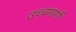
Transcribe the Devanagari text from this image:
उच्चमार्गों